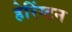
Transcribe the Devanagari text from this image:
हेरिंग्टन